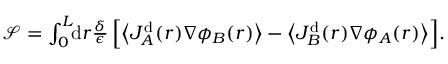
\begin{array} { r } { \mathcal { S } = \int _ { 0 } ^ { L } \! \! \mathrm { d } r \frac { \delta } { \epsilon } \, \Big [ \! \left\langle J _ { A } ^ { \mathrm { d } } ( r ) \nabla \phi _ { B } ( r ) \right\rangle - \left\langle J _ { B } ^ { \mathrm { d } } ( r ) \nabla \phi _ { A } ( r ) \right\rangle \! \Big ] . } \end{array}